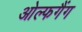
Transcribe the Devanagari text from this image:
ओल्फगैंग